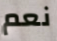
نعم